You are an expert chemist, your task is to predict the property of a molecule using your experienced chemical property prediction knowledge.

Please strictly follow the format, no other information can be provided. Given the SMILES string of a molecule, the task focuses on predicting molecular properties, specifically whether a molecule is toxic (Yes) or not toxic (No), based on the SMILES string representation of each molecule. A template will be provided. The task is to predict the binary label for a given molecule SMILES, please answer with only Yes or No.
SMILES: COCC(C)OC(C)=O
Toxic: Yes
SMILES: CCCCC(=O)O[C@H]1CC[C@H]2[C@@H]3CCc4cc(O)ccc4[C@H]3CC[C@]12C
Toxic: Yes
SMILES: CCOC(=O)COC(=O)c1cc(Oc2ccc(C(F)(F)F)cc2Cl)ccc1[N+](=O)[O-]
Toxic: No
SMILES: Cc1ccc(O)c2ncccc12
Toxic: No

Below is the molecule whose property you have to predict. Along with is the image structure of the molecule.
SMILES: CCOc1ccc(O)cc1
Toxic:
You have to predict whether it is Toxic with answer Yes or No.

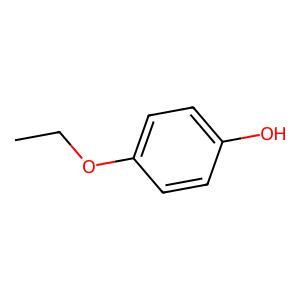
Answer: No